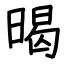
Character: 暍